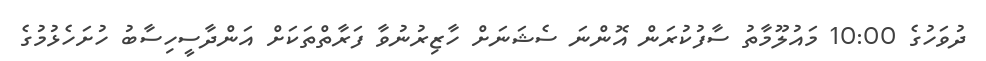
ދުވަހުގެ 10:00 މައުލޫމާތު ސާފުކުރަން އޮންނަ ސެޝަނަށް ހާޒިރުނުވާ ފަރާތްތަކަށް އަންދާސީހިސާބު ހުށަހެޅުމުގެ